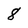
Character: 8